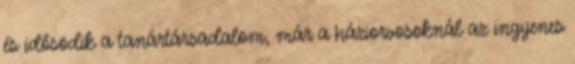
és idősödik a tanártársadalom, már a háziorvosoknál az ingyenes